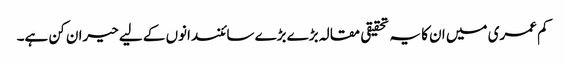
کم عمری میں ان کا یہ تحقیقی مقالہ بڑے بڑے سائنسدانوں کے لیے حیران کن ہے۔